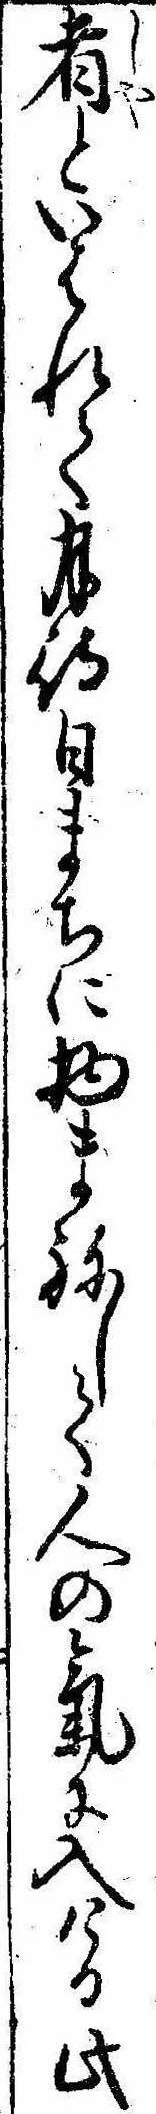
者といはれて月待日まちに物まねして人の気に入ける此